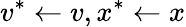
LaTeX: v^{*}\leftarrow v,x^{*}\leftarrow x